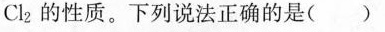
Cl_{2} 的性质。下列说法正确的是( )